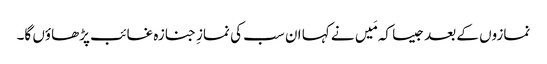
نمازوں کے بعد جیسا کہ مَیں نے کہا ان سب کی نمازِ جنازہ غائب پڑھاؤں گا۔